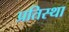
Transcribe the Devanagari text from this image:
प्रतिस्था